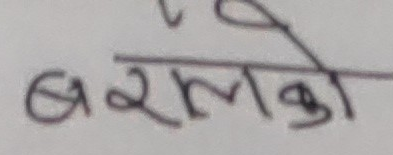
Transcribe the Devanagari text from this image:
बरालको